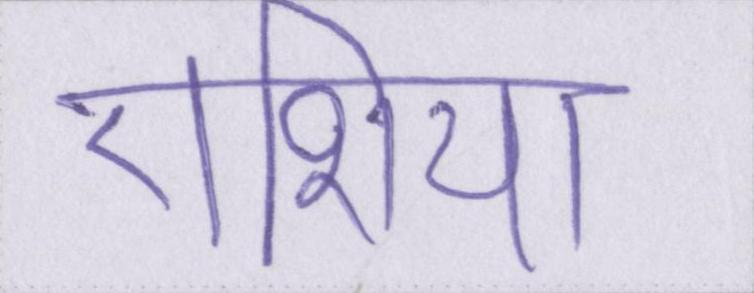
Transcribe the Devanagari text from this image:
एशिया